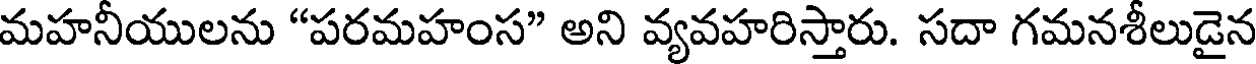
మహనీయులను "పరమహంస" అని వ్యవహరిస్తారు. సదా గమనశీలుడైన